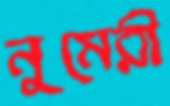
নুমেরী